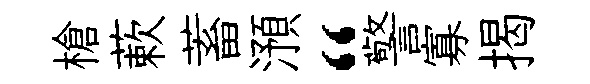
槍蔌蓄澦“警寡揭